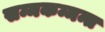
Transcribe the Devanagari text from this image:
सम्मकम्मन्त